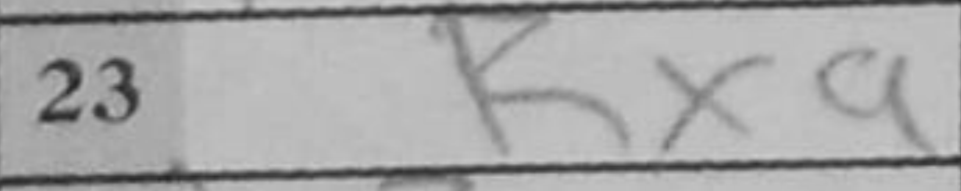
Transcription: Kxa